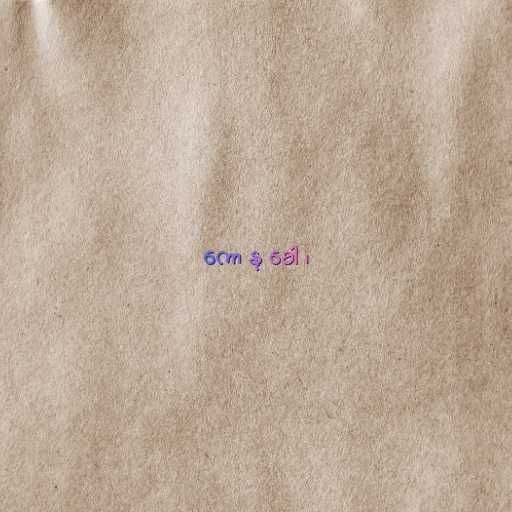
ကော နု ခေါ ၊